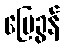
မြေခွန်